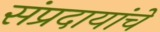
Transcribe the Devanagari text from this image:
संप्रदायांचे